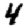
Digit: 4